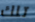
تلك